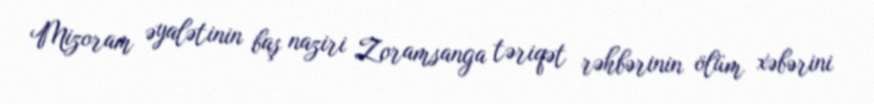
Mizoram əyalətinin baş naziri Zoramsanga təriqət rəhbərinin ölüm xəbərini